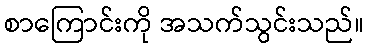
စာကြောင်းကို အသက်သွင်းသည်။